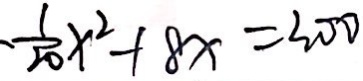
\frac { 1 } { 2 0 } x ^ { 2 } + 8 x = 3 0 0